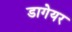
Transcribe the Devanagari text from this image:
डागेयर